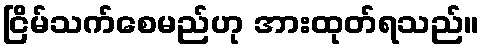
ငြိမ်သက်စေမည်ဟု အားထုတ်ရသည်။